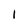
Character: I